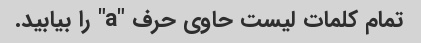
تمام کلمات لیست حاوی حرف "a" را بیابید.